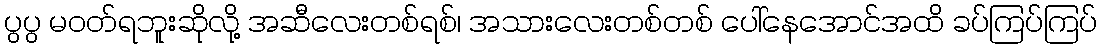
ပွပွ မဝတ်ရဘူးဆိုလို့ အဆီလေးတစ်ရစ်၊ အသားလေးတစ်တစ် ပေါ်နေအောင်အထိ ခပ်ကြပ်ကြပ်